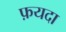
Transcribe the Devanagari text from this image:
फ़यदा